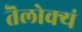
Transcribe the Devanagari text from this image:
तॆलोक्यं